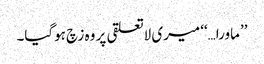
’’ماورا…‘‘ میری لاتعلقی پر وہ زچ ہوگیا۔